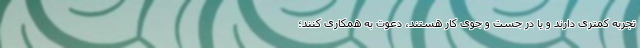
تجربه کمتری دارند و یا در جست و جوی کار هستند، دعوت به همکاری کنند؛